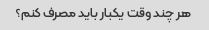
هر چند وقت یکبار باید مصرف کنم؟